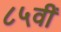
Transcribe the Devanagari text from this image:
८५वीं